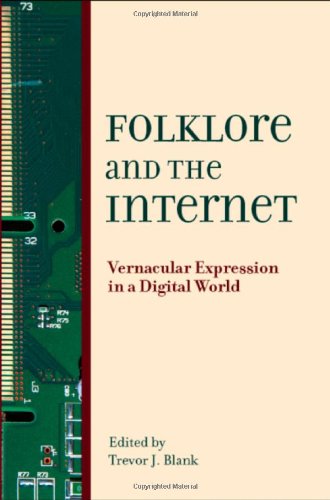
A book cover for Folklore and the Internet: Vernacular Expression in a Digital World; Computers & Technology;